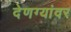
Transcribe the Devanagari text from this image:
देणग्यांवर